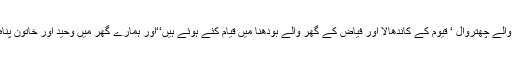
مومن کے گھر والے چھتروال ‘ قیوم کے کاندھالا اور فیاض کے گھر والے بودھنا میں قیام کئے ہوئے ہیں‘‘اور ہمارے گھر میں وحید اور خاتون پناہ لئے ہوئے ہیں۔